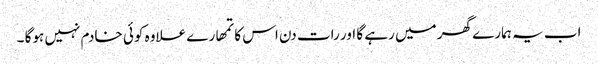
اب یہ ہمارے گھر میں رہے گا اور رات دن اس کا تمھارے علاوہ کوئی خادم نہیں ہوگا ۔